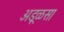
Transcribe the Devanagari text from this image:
अडूळसा